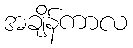
အချိန်ကာလ